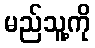
မည်သူ့ကို